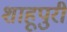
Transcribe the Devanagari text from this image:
शाहूपुरी